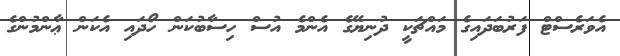
އެވަރެސްޓް ފަރުބަދައިގެ މައްޗަކީ ދުނިޔޭގެ އެންމެ އުސް ހިސާބުކަން ހޯދައި އެކަން ޢާންމުންގެ